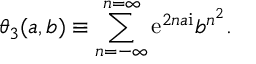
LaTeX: \theta _ { 3 } ( a , b ) \equiv \sum _ { n = - \infty } ^ { n = \infty } { { \mathrm { e } } } ^ { 2 n a { \mathrm { i } } } b ^ { n ^ { 2 } } .